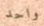
واحد